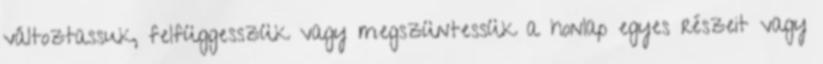
változtassuk, felfüggesszük vagy megszüntessük a honlap egyes részeit vagy